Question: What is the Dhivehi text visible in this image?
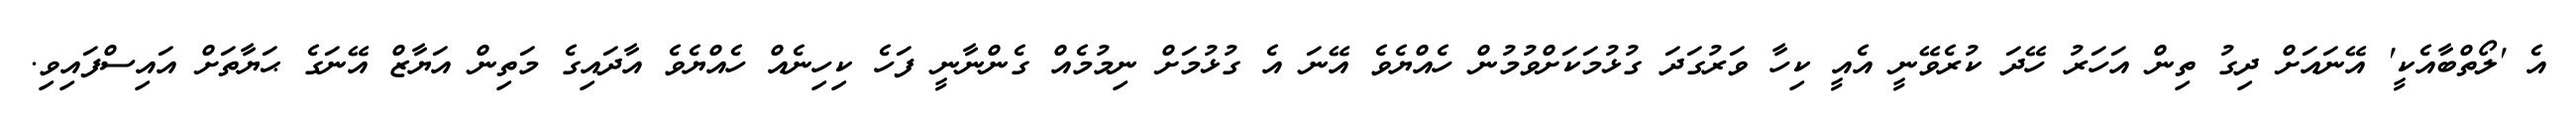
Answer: އެ 'ލޯތްބާއެކީ' އޭނައަށް ދިގު ތިން އަހަރު ހޭދަ ކުރެވޭނީ އެއީ ކިހާ ވަރުގަދަ ގުޅުމަކަށްވުމުން ހެއްޔެވެ އޭނަ އެ ގުޅުމަށް ނިމުމެއް ގެންނާނީ ފަހެ ކިހިނެއް ހެއްޔެވެ އާދައިގެ މަތިން އަޔާޒް އޭނަގެ ޙަޔާތަށް އައިސްފައިވި.